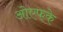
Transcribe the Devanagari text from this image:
ओएफके